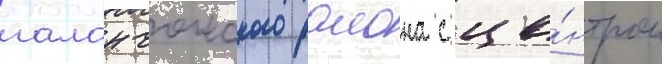
галанчожского раиона с це́нтром